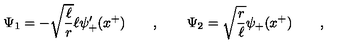
\Psi _ { 1 } = - \sqrt { \frac \ell r } \ell \psi _ { + } ^ { \prime } ( x ^ { + } ) \qquad , \qquad \Psi _ { 2 } = \sqrt { \frac r \ell } \psi _ { + } ( x ^ { + } ) \qquad ,